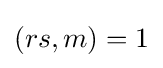
(rs,m)=1